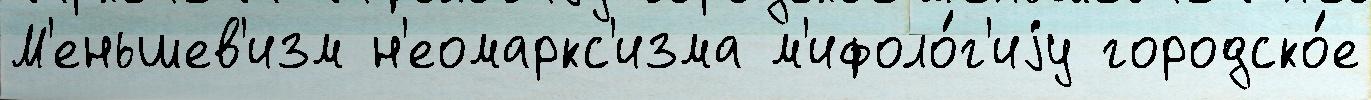
М'еньшев'изм н'еомаркс'изма м'ифоло́г'иjу городско́е